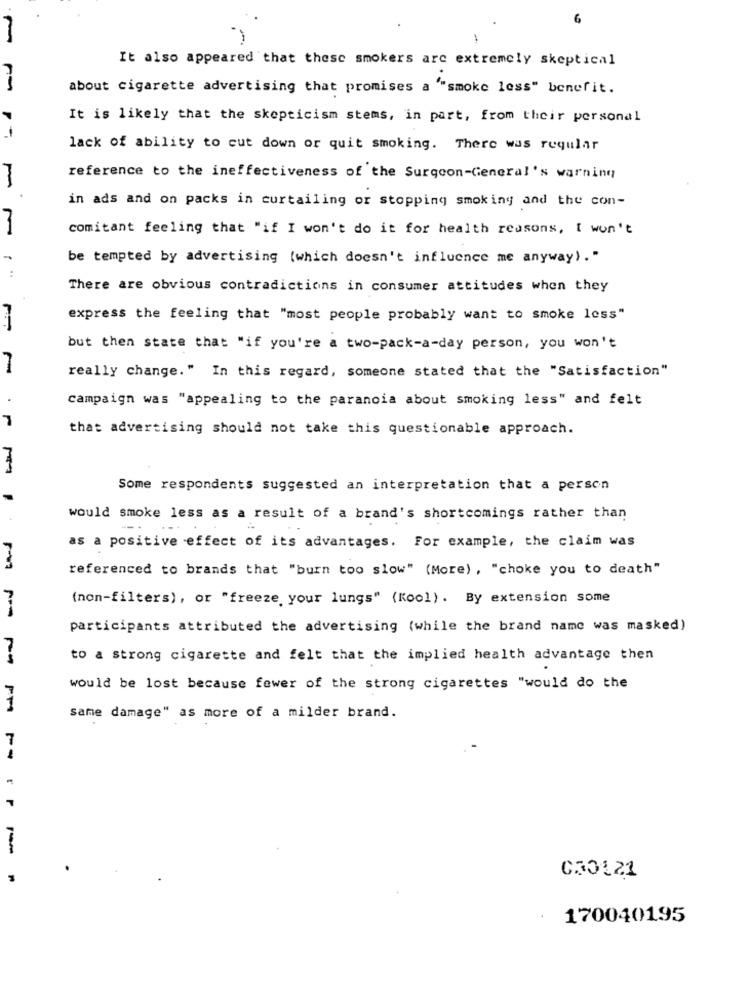
6
It also appeared that thesc smokers arc extremely skeptical
about cigarette advertising that promises a ""smoke less" benefit.
It is likely that the skepticism stems, in part, from their personal
lack of ability to cut down or quit smoking. There was regular
reference to the ineffectiveness of the Surgeon-General's warning
in ads and on packs in curtailing or stopping smoking and the con-
comitant feeling that "if I won't do it for health reasons, I won't
be tempted by advertising (which doesn't influence me anyway)."
:
There are obvious contradictions in consumer attitudes when they
express the feeling that "most people probably want to smoke less"
but then state that "if you're a two-pack-a-day person, you won't
really change." In this regard, someone stated that the "Satisfaction"
campaign was "appealing to the paranoia about smoking less" and felt
7
that advertising should not take this questionable approach.
Some respondents suggested an interpretation that a person
would smoke less as a result of a brand's shortcomings rather than
as a positive effect of its advantages. For example, the claim was
referenced to brands that "burn too slow" (More), "choke you to death"
(non-filters), or "freeze your lungs" (Kool). By extension some
participants attributed the advertising (while the brand name was masked)
?
to a strong cigarette and felt that the implied health advantage then
would be lost because fewer of the strong cigarettes "would do the
1
same damage" as more of a milder brand.
7
r P
030121
170040195